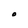
Character: O